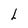
Character: L